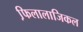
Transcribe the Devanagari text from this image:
फि़लालाजिकल